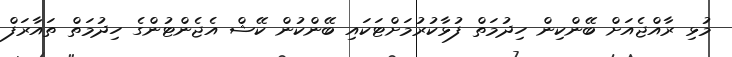
މުޅި ރާއްޖެއަށް ބޭންކިން ހިދުމަތް ފުޅާކުރުމަށްޓަކައި ބޭންކުން ކޭޝް އެޖެންޓުންގެ ހިދުމަތް ތައާރަފް